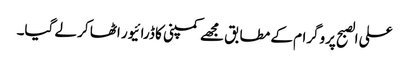
علی الصبح پروگرام کے مطابق مجھے کمپنی کا ڈرائیور اٹھا کر لے گیا۔